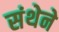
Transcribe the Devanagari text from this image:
संथेने